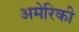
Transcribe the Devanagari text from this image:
अमेेरिकी